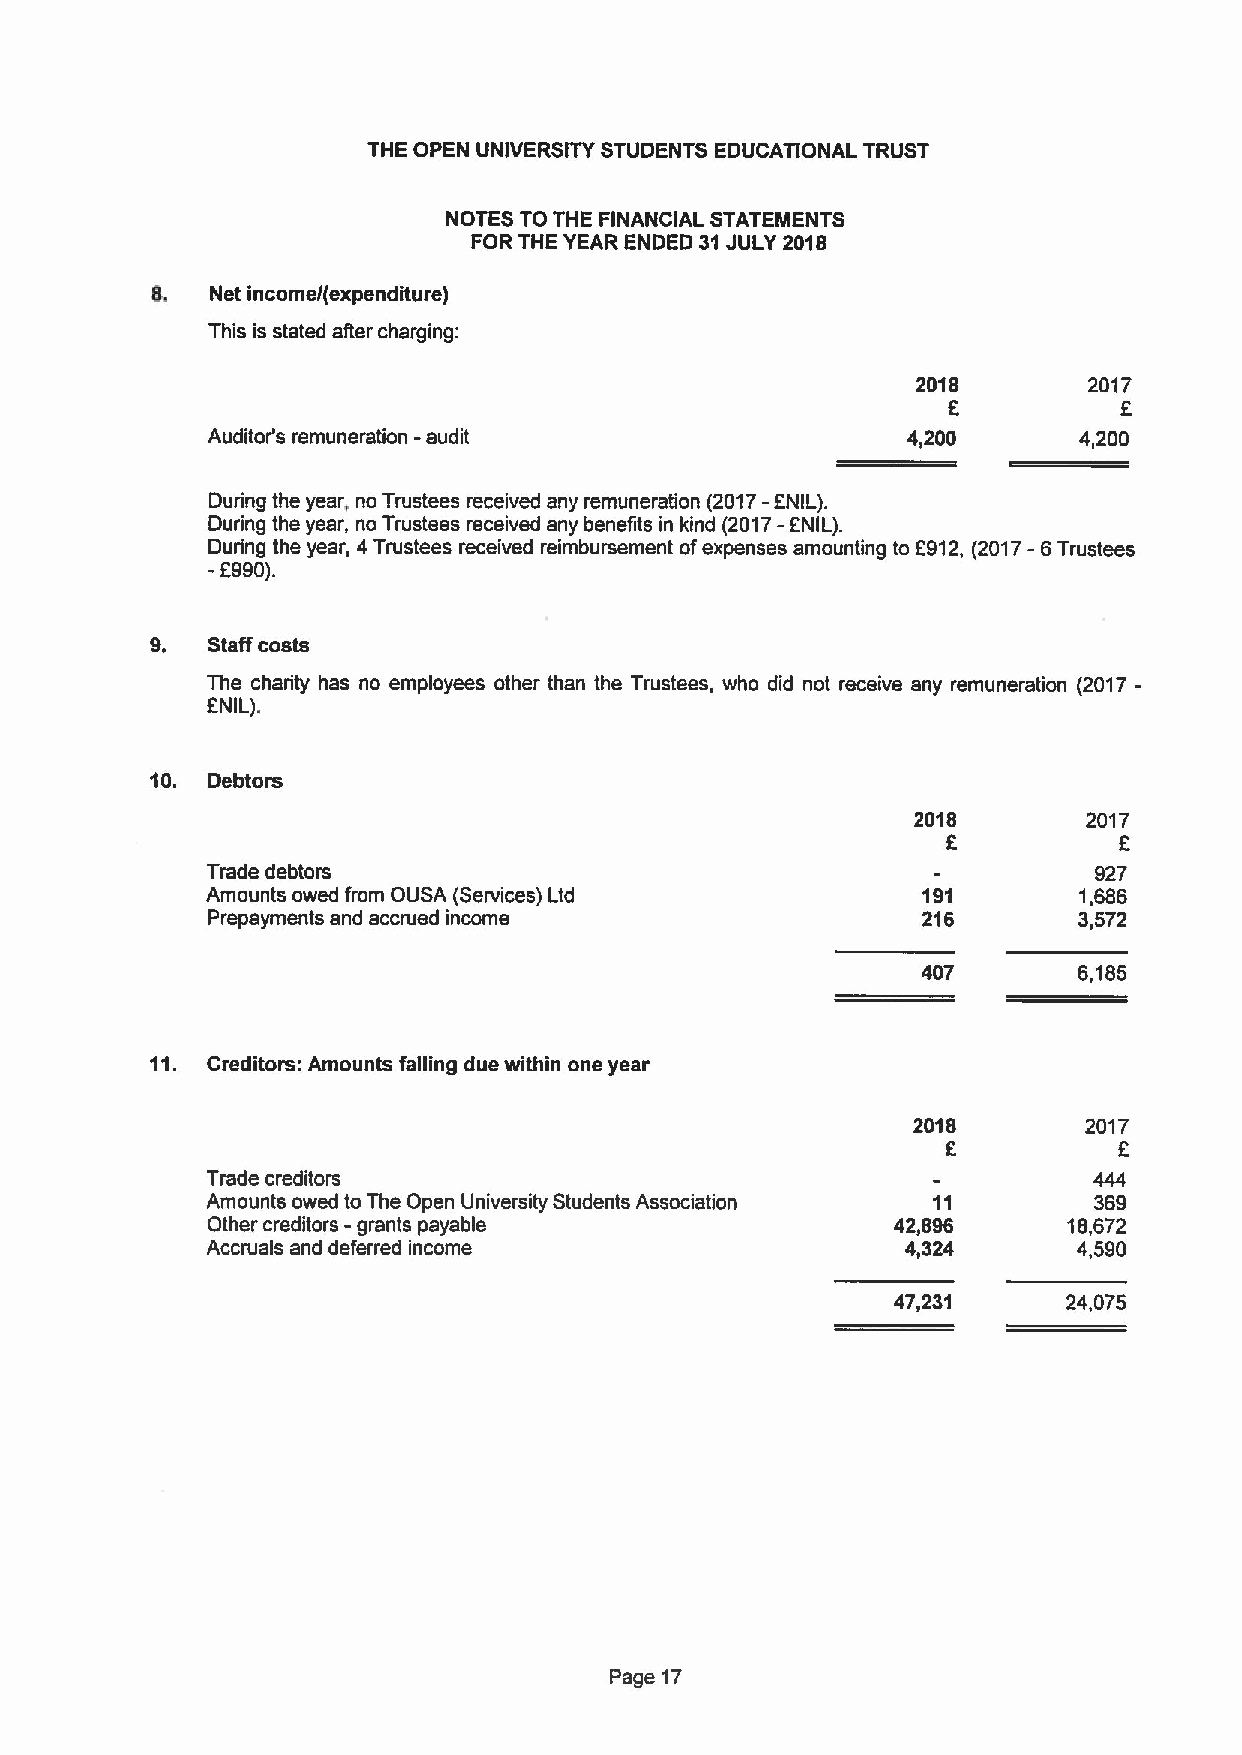
THE OPEN UNIVERSITY STUDENTS EDUCATIONAL TRUST
 NOTES TO THE FINANCIAL STATEMENTS
 FOR THE YEAR ENDED 31JULY 2018
 8.  Net income/(expenditure)
 This is stated after charging:
 2018       2017
 6          6
 -
 Auditor's remuneration audit                  4,200      4,200
 During the year, no Trustees received any remuneration (2017- ENIL).
 Duding the year, no Trustees received any benefits in kind (2017- ANIL).
 During the year, 4Trustees received reimbursement ofexpenses amounting to 6912, (2017-6Trustees
 -E990).
 9.  Staff costs
 The charity has no employees other than the Trustees, who did not receive any remuneration (2017-
 FNIL).
 10. Debtors
 2018       2017
 F          F
 Trade debtors                                             927
 Amounts owed from OUSA (Services) Ltd          191       1,686
 Prepayments and accrued income                 216       3,572
 407       6,185
 11. Creditors: Amounts falling due within one year
 2018        2017
 f
 6
 Trade creditors
 Amounts owed to The Open University Students Association 11 369
 -
 Other creditors grants payable               42,896      18,672
 Accruals and deferred income                  4,324      4,590
 47,231      24,075
 Page 17